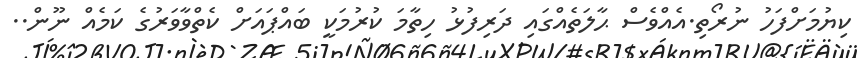
ކިޔުމަށްފަހު ނުރޯތި.އެއްވެސް ޙާލަތެއްގައި ދަރިފުޅު ހިތާމަ ކުރުމަކީ ބައްޕައަށް ކެތްވާވަރުގެ ކަމެއް ނޫން..